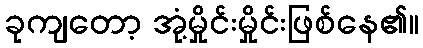
ခုကျတော့ အုံ့မှိုင်းမှိုင်းဖြစ်နေ၏။